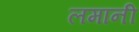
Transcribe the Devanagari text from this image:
लमानी